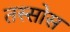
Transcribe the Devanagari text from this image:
तस्सोस